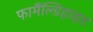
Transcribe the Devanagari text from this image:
फामैंल्डिहाइड